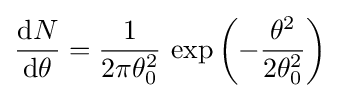
{\frac {\mathrm {d} N}{\mathrm {d} \theta }}={\frac {1}{2\pi \theta _{0}^{2}}}\,\exp {\left(-{\frac {\theta ^{2}}{2\theta _{0}^{2}}}\right)}